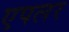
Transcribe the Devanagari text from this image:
एपलर